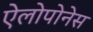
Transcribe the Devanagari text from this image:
ऐलोपोनेस